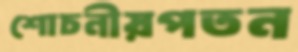
শোচনীয়পতন